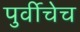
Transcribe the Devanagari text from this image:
पुर्वीचेच